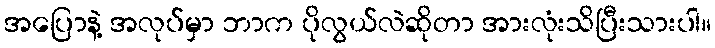
အပြောနဲ့ အလုပ်မှာ ဘာက ပိုလွယ်လဲဆိုတာ အားလုံးသိပြီးသားပါ။